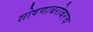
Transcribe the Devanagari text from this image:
शोषणाबरोबरच